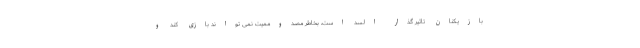
بازیکنان تاثیر گذار السد است، بخاطر مصدوممیت نمی تواند بازی کند و